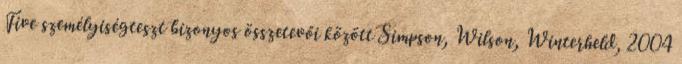
Five személyiségteszt bizonyos összetevői között Simpson, Wilson, Winterheld, 2004